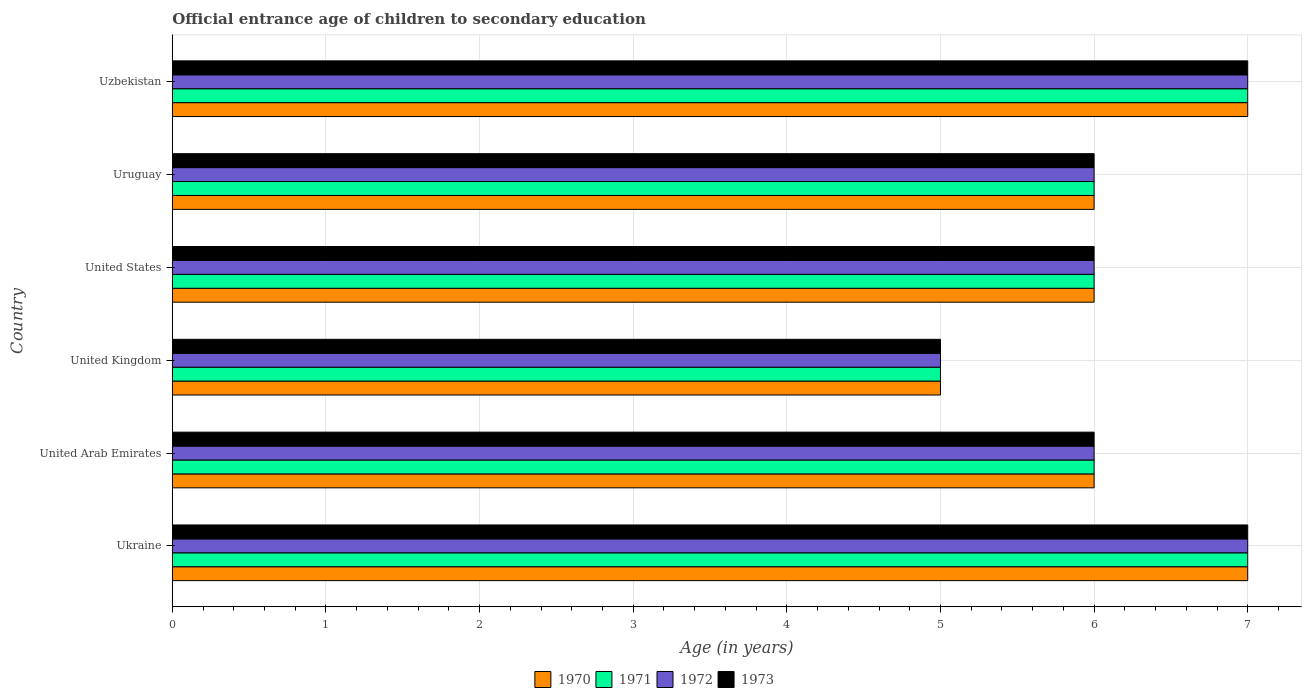
| Country | 1970 | 1971 | 1972 | 1973 |
 | --- | --- | --- | --- | --- |
 | Ukraine | 7 | 7 | 7 | 7 |
 | United Arab Emirates | 6 | 6 | 6 | 6 |
 | United Kingdom | 5 | 5 | 5 | 5 |
 | United States | 6 | 6 | 6 | 6 |
 | Uruguay | 6 | 6 | 6 | 6 |
 | Uzbekistan | 7 | 7 | 7 | 7 |